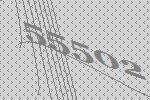
55502